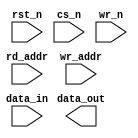
////////////////////////////////////////////////////////////////////////////////
//
//       This confidential and proprietary software may be used only
//     as authorized by a licensing agreement from Synopsys Inc.
//     In the event of publication, the following notice is applicable:
//
//                    (C) COPYRIGHT 1999 - 2016 SYNOPSYS INC.
//                           ALL RIGHTS RESERVED
//
//       The entire notice above must be reproduced on all authorized
//     copies.
//
//
// VERSION:   Simulation Architecture
//
// DesignWare_version: 778ebba0
// DesignWare_release: K-2015.06-DWBB_201506.5.2
//
////////////////////////////////////////////////////////////////////////////////
//----------------------------------------------------------------------
// ABSTRACT:  Asynchronous dual port RAM (Latch Based)
//            Depth parameter: depth             [ 2 to 256 ]
//            Data width parameter: data_width   [ 1 to 256 ]
//            Reset (active low): rst_n
//            Chip select (active low): cs_n
//            Write enable (active low): wr_n
//            Read Address: rd_addr[addr_width-1:0]
//            Write Address: wr_addr[addr_width-1:0]
//            Input data: data_in[data_width-1:0]
//            Output data : data_out[data_width-1:0]
//
//	MODIFIED:
//		100599	Jay Zhu		Rewrote for STAR91151/STAR93158
//              10/18/00  RPH       Rewrote accoding to new guidelines 
//                                  STAR 111067   
//              2/18/09   RJK       Corrected default value for rst_mode
//				    STAR 9000294457
//              9/10/14   RJK       Eliminated common async and sync reset coding
//				    style to support VCS NLP
//----------------------------------------------------------------------

module DW_ram_r_w_a_lat (rst_n, cs_n, wr_n, rd_addr, wr_addr, data_in, 
			 data_out);
   parameter data_width = 4;
   parameter depth = 8;
   parameter rst_mode = 1;

`define DW_addr_width ((depth>16)?((depth>64)?((depth>128)?8:7):((depth>32)?6:5)):((depth>4)?((depth>8)?4:3):((depth>2)?2:1)))

   input     rst_n;
   input     cs_n;
   input     wr_n;
   input [`DW_addr_width-1:0] rd_addr;
   input [`DW_addr_width-1:0] wr_addr;
   input [data_width-1:0]  data_in;

   output [data_width-1:0] data_out;

// synopsys translate_off
   wire [data_width-1:0]   data_in;
   wire [data_width-1:0]   data_in_int;
   reg [data_width-1:0]    mem [depth-1:0];
   
   integer 		   i;
   function	any_unknown;
      input[`DW_addr_width-1:0] addr;
      integer	bit_idx;
      begin
	 any_unknown = 1'b0;

	 for (bit_idx = `DW_addr_width-1;
	      bit_idx >= 0 && any_unknown === 1'b0;
	      bit_idx=bit_idx-1)
	 begin
	    if (addr[bit_idx] !== 1'b0 && addr[bit_idx] !== 1'b1)
	      begin
		 any_unknown = 1'b1;
	      end
	 end

      end
   endfunction

  
 
  initial begin : parameter_check
    integer param_err_flg;

    param_err_flg = 0;
    
	    
  
    if ( (data_width < 1) || (data_width > 256) ) begin
      param_err_flg = 1;
      $display(
	"ERROR: %m :\n  Invalid value (%d) for parameter data_width (legal range: 1 to 256)",
	data_width );
    end
  
    if ( (depth < 2) || (depth > 256 ) ) begin
      param_err_flg = 1;
      $display(
	"ERROR: %m :\n  Invalid value (%d) for parameter depth (legal range: 2 to 256 )",
	depth );
    end
  
    if ( (rst_mode < 0) || (rst_mode > 1 ) ) begin
      param_err_flg = 1;
      $display(
	"ERROR: %m :\n  Invalid value (%d) for parameter rst_mode (legal range: 0 to 1 )",
	rst_mode );
    end


  
    if ( param_err_flg == 1) begin
      $display(
        "%m :\n  Simulation aborted due to invalid parameter value(s)");
      $finish;
    end

  end // parameter_check 

    

  assign data_out = rd_addr < depth ? 
		     (any_unknown(rd_addr) ? 
		      {data_width{1'bx}} : mem[rd_addr]) : {data_width{1'b0}};
   
   assign data_in_int = (any_unknown(data_in)) ? {data_width{1'bx}} : data_in;
   
generate
  if (rst_mode == 0) begin : GEN_RM_EQ_0
   always @(cs_n or wr_addr or wr_n or data_in_int or rst_n)
     begin : mk_ar_mem
	if (rst_n === 1'b0) begin
	   for (i = 0; i < depth; i = i + 1) begin
	      mem[i] = {data_width{1'b0}};
	   end 
	end
	else if (rst_n === 1'b1) begin
	   if (cs_n === 1'b0) begin
	      if (wr_n === 1'b0) begin
		 if (any_unknown(wr_addr) == 1'b1) begin
		    for (i = 0; i < depth; i = i + 1) begin
		       mem[i] = {data_width{1'bx}};
		    end 
		 end
		 else begin
		    mem[wr_addr] = data_in_int;
		 end // else: !if(any_unknown(wr_addr) == 1'b1)
	      end // if (cs_n === 1'b0)
	      else if(wr_n === 1'b1) begin
		 // do nothing
	      end
	      else begin
		 if (any_unknown(wr_addr) == 1'b1) begin
		    for (i = 0; i < depth; i = i + 1) begin
		       mem[i] = {data_width{1'bx}};
		    end 
		 end
		 else begin
		    mem[wr_addr] = {data_width{1'bx}};
		 end // else: !if(any_unknown(wr_addr) == 1'b1)
	      end
	   end // if (cs_n === 1'b0)
	   else if (cs_n === 1'b1) begin
	      // do nothing
	   end
	   else begin
	      if (any_unknown(wr_addr) == 1'b1) begin
		 for (i = 0; i < depth; i = i + 1) begin
		    mem[i] = {data_width{1'bx}};
		 end 
	      end
	      else begin
		 mem[wr_addr] = data_in_int;
	      end // else: !if(any_unknown(wr_addr) == 1'b1)
	   end // else: !if(cs_n === 1'b1)
	end // if (rst_n === 1'b1)
	else begin
	   for (i = 0; i < depth; i = i + 1) begin
	      mem[i] = {data_width{1'bx}};
	   end 
	end // else: !if(rst_n === 1'b1)
     end // block: mk_ar_mem
  end else begin : GEN_RM_NE_0
   always @(cs_n or wr_addr or wr_n or data_in_int or rst_n)
     begin : mk_nr_mem
     if (cs_n === 1'b0) begin
	if (wr_n === 1'b0) begin
	   if (any_unknown(wr_addr) == 1'b1) begin
	      for (i = 0; i < depth; i = i + 1) begin
		 mem[i] = {data_width{1'bx}};
	      end 
	   end
	   else begin
	      mem[wr_addr] = data_in_int;
	   end // else: !if(any_unknown(wr_addr) == 1'b1)
	end // if (cs_n === 1'b0)
	else if(wr_n === 1'b1) begin
	   // do nothing
	end
	else begin
	   if (any_unknown(wr_addr) == 1'b1) begin
	      for (i = 0; i < depth; i = i + 1) begin
		 mem[i] = {data_width{1'bx}};
	      end 
	   end
	   else begin
	      mem[wr_addr] = {data_width{1'bx}};
	   end // else: !if(any_unknown(wr_addr) == 1'b1)
	end
     end // if (cs_n === 1'b0)
     else if (cs_n === 1'b1) begin
	// do nothing
     end // else: !if(cs_n === 1'b1)
   end // mk_nr_mem
  end
endgenerate
// synopsys translate_on
`undef DW_addr_width
endmodule // DW_ram_r_w_s_lat